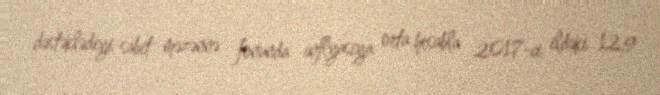
dəstəklədiyi sabit məzənnə fonunda inflyasiya orta hesabla 2017-ci ildəki 12,9